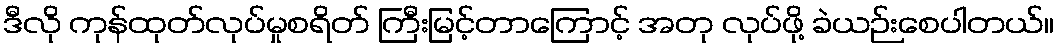
ဒီလို ကုန်ထုတ်လုပ်မှုစရိတ် ကြီးမြင့်တာကြောင့် အတု လုပ်ဖို့ ခဲယဉ်းစေပါတယ်။